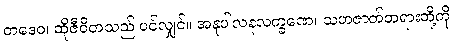
တဒေဝ၊ ထိုဇီဝိတသည် ပင်လျှင်။ အနုပါလနလက္ခဏေ၊ သဟဇာတ်တရားတို့ကို